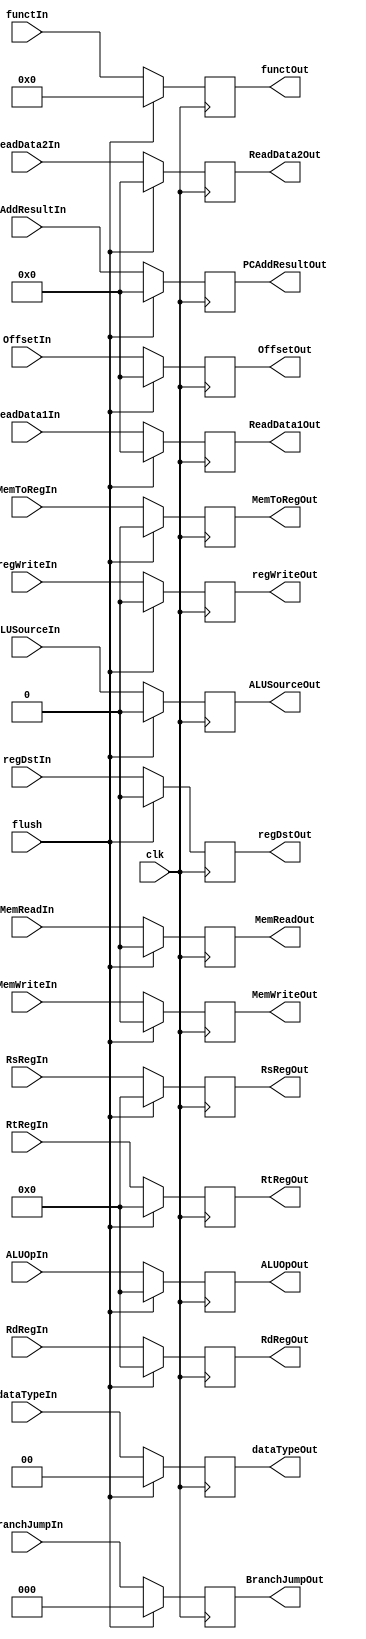
`timescale 1ns / 1ps


////////////////////////////////////////////////////////////////////////////////
// ECE369 - Computer Architecture
// 
////////////////////////////////////////////////////////////////////////////////

module ID_EX_Reg(PCAddResultIn, ReadData1In, ReadData2In, OffsetIn, RsRegIn, RtRegIn, RdRegIn,
                  regDstIn, ALUSourceIn, MemToRegIn, regWriteIn, MemReadIn, MemWriteIn, functIn,
                 BranchJumpIn, ALUOpIn, clk, dataTypeIn,
                  PCAddResultOut, ReadData1Out, ReadData2Out, OffsetOut, RsRegOut, RtRegOut, RdRegOut,
                   regDstOut, ALUSourceOut, MemToRegOut, regWriteOut, MemReadOut, MemWriteOut, functOut,
                  BranchJumpOut, ALUOpOut, dataTypeOut, flush);
                  
                  
                  input regDstIn, ALUSourceIn, MemToRegIn, regWriteIn, MemReadIn, MemWriteIn, clk, flush;
                  input [1:0] dataTypeIn;
                  input [31:0] PCAddResultIn, ReadData1In, ReadData2In, OffsetIn;
                  input [2:0] BranchJumpIn;
                  input [4:0] ALUOpIn;
//                  input [15:0] ControlSig;
                  input [4:0] RsRegIn, RtRegIn,  RdRegIn;
                  input [5:0] functIn; 
                  output reg regDstOut, ALUSourceOut, MemToRegOut, regWriteOut, MemReadOut, MemWriteOut;
                  output reg [1:0] dataTypeOut;
                  output reg [31:0] PCAddResultOut, ReadData1Out, ReadData2Out, OffsetOut;
                  output reg [4:0] RsRegOut, RtRegOut, RdRegOut;
                  output reg [5:0] functOut;
                  output reg [2:0] BranchJumpOut;
                  output reg [4:0] ALUOpOut;
                  // Control Out = {IDregDst, IDALUSource, IDMemToReg, IDregWrite, IDMemRead, IDMemWrite, IDbranchJump, IDALUOp}; 

    always @ (posedge clk) begin
    if (flush) begin
        dataTypeOut = 0;
        regDstOut = 0;
        ALUSourceOut = 0;
        MemToRegOut = 0;
        regWriteOut= 0;
        MemReadOut = 0;
        MemWriteOut = 0;
        PCAddResultOut = 0;
        ReadData1Out = 0;
        ReadData2Out = 0;
        OffsetOut = 0;
        RsRegOut = 0;
        RtRegOut = 0;
        RdRegOut = 0;
        BranchJumpOut = 0;
        ALUOpOut = 0;
        functOut = 0;
    end
    else begin
        dataTypeOut = dataTypeIn;
        regDstOut = regDstIn;
        ALUSourceOut = ALUSourceIn;
        MemToRegOut = MemToRegIn;
        regWriteOut= regWriteIn;
        MemReadOut = MemReadIn;
        MemWriteOut = MemWriteIn;
        PCAddResultOut = PCAddResultIn;
        ReadData1Out = ReadData1In;
        ReadData2Out = ReadData2In;
        OffsetOut = OffsetIn;
        RsRegOut = RsRegIn;
        RtRegOut = RtRegIn;
        RdRegOut = RdRegIn;
        BranchJumpOut = BranchJumpIn;
        ALUOpOut = ALUOpIn;
        functOut = functIn;
        end
    end
endmodule